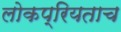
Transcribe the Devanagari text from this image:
लोकप्रियताच